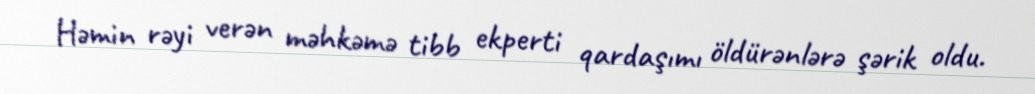
Həmin rəyi verən məhkəmə tibb ekperti qardaşımı öldürənlərə şərik oldu.